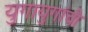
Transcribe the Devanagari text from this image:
युगायुगांची